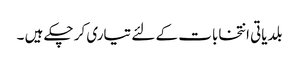
بلدیاتی انتخابات کے لئے تیاری کر چکے ہیں ۔